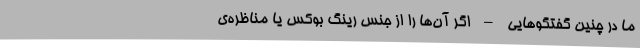
ما در چنین گفتگوهایی – اگر آن‌ها را از جنس رینگ بوکس یا مناظره‌ی